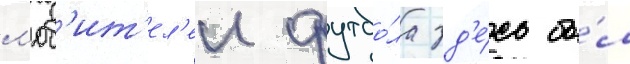
л'юб'ит'ел'еи футбо́ла зд'е́сь бы́л